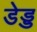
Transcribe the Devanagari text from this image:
डेड्ड